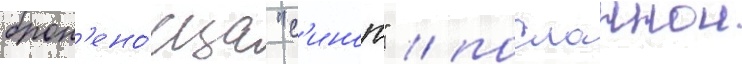
брон'ено́сца "с'иноп" / посланнои